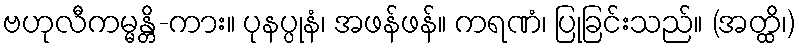
ဗဟုလီကမ္မန္တိ-ကား။ ပုနပ္ပုနံ၊ အဖန်ဖန်။ ကရဏံ၊ ပြုခြင်းသည်။ (အတ္ထိ၊)